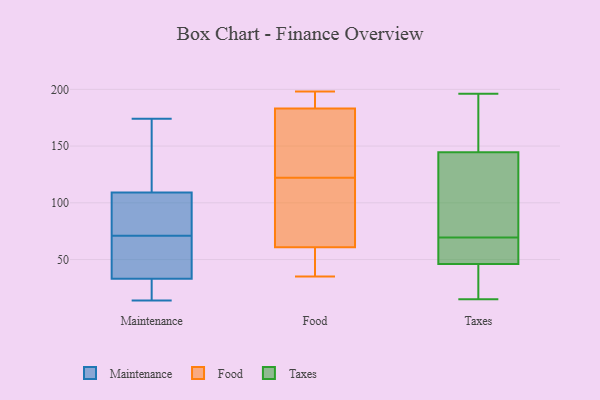
{"axis": {"x": "Humidity (%)", "y": "Value"}, "legend": ["Food", "Maintenance", "Taxes"], "data": [{"x": "", "y": 35, "type": "Maintenance"}, {"x": "", "y": 174, "type": "Maintenance"}, {"x": "", "y": 26, "type": "Maintenance"}, {"x": "", "y": 79, "type": "Maintenance"}, {"x": "", "y": 38, "type": "Maintenance"}, {"x": "", "y": 114, "type": "Maintenance"}, {"x": "", "y": 27, "type": "Maintenance"}, {"x": "", "y": 145, "type": "Maintenance"}, {"x": "", "y": 90, "type": "Maintenance"}, {"x": "", "y": 31, "type": "Maintenance"}, {"x": "", "y": 14, "type": "Maintenance"}, {"x": "", "y": 66, "type": "Maintenance"}, {"x": "", "y": 130, "type": "Maintenance"}, {"x": "", "y": 36, "type": "Maintenance"}, {"x": "", "y": 76, "type": "Maintenance"}, {"x": "", "y": 104, "type": "Maintenance"}, {"x": "", "y": 180, "type": "Food"}, {"x": "", "y": 52, "type": "Food"}, {"x": "", "y": 184, "type": "Food"}, {"x": "", "y": 124, "type": "Food"}, {"x": "", "y": 100, "type": "Food"}, {"x": "", "y": 122, "type": "Food"}, {"x": "", "y": 36, "type": "Food"}, {"x": "", "y": 188, "type": "Food"}, {"x": "", "y": 198, "type": "Food"}, {"x": "", "y": 35, "type": "Food"}, {"x": "", "y": 87, "type": "Food"}, {"x": "", "y": 47, "type": "Taxes"}, {"x": "", "y": 187, "type": "Taxes"}, {"x": "", "y": 147, "type": "Taxes"}, {"x": "", "y": 31, "type": "Taxes"}, {"x": "", "y": 87, "type": "Taxes"}, {"x": "", "y": 45, "type": "Taxes"}, {"x": "", "y": 85, "type": "Taxes"}, {"x": "", "y": 15, "type": "Taxes"}, {"x": "", "y": 142, "type": "Taxes"}, {"x": "", "y": 196, "type": "Taxes"}, {"x": "", "y": 54, "type": "Taxes"}, {"x": "", "y": 47, "type": "Taxes"}]}